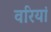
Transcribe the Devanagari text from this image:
वरियां